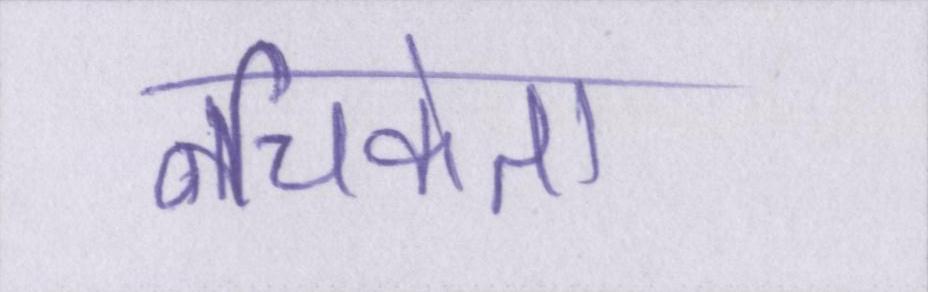
नचिकेता